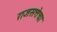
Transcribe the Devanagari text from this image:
राजसत्तेचा